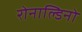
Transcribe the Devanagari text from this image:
रोनाल्डिनो